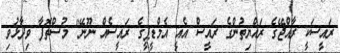
ރައީސަކީ ރާއްޖޭގެ ރައްޔިތުންގެ ރައީސް އެއީ އެމްޑީޕީގެ ރައީސެއް ނޫނޭ" މުސްތޮފާ ވިދާޅުވި